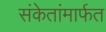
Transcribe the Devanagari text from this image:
संकेतांमार्फत